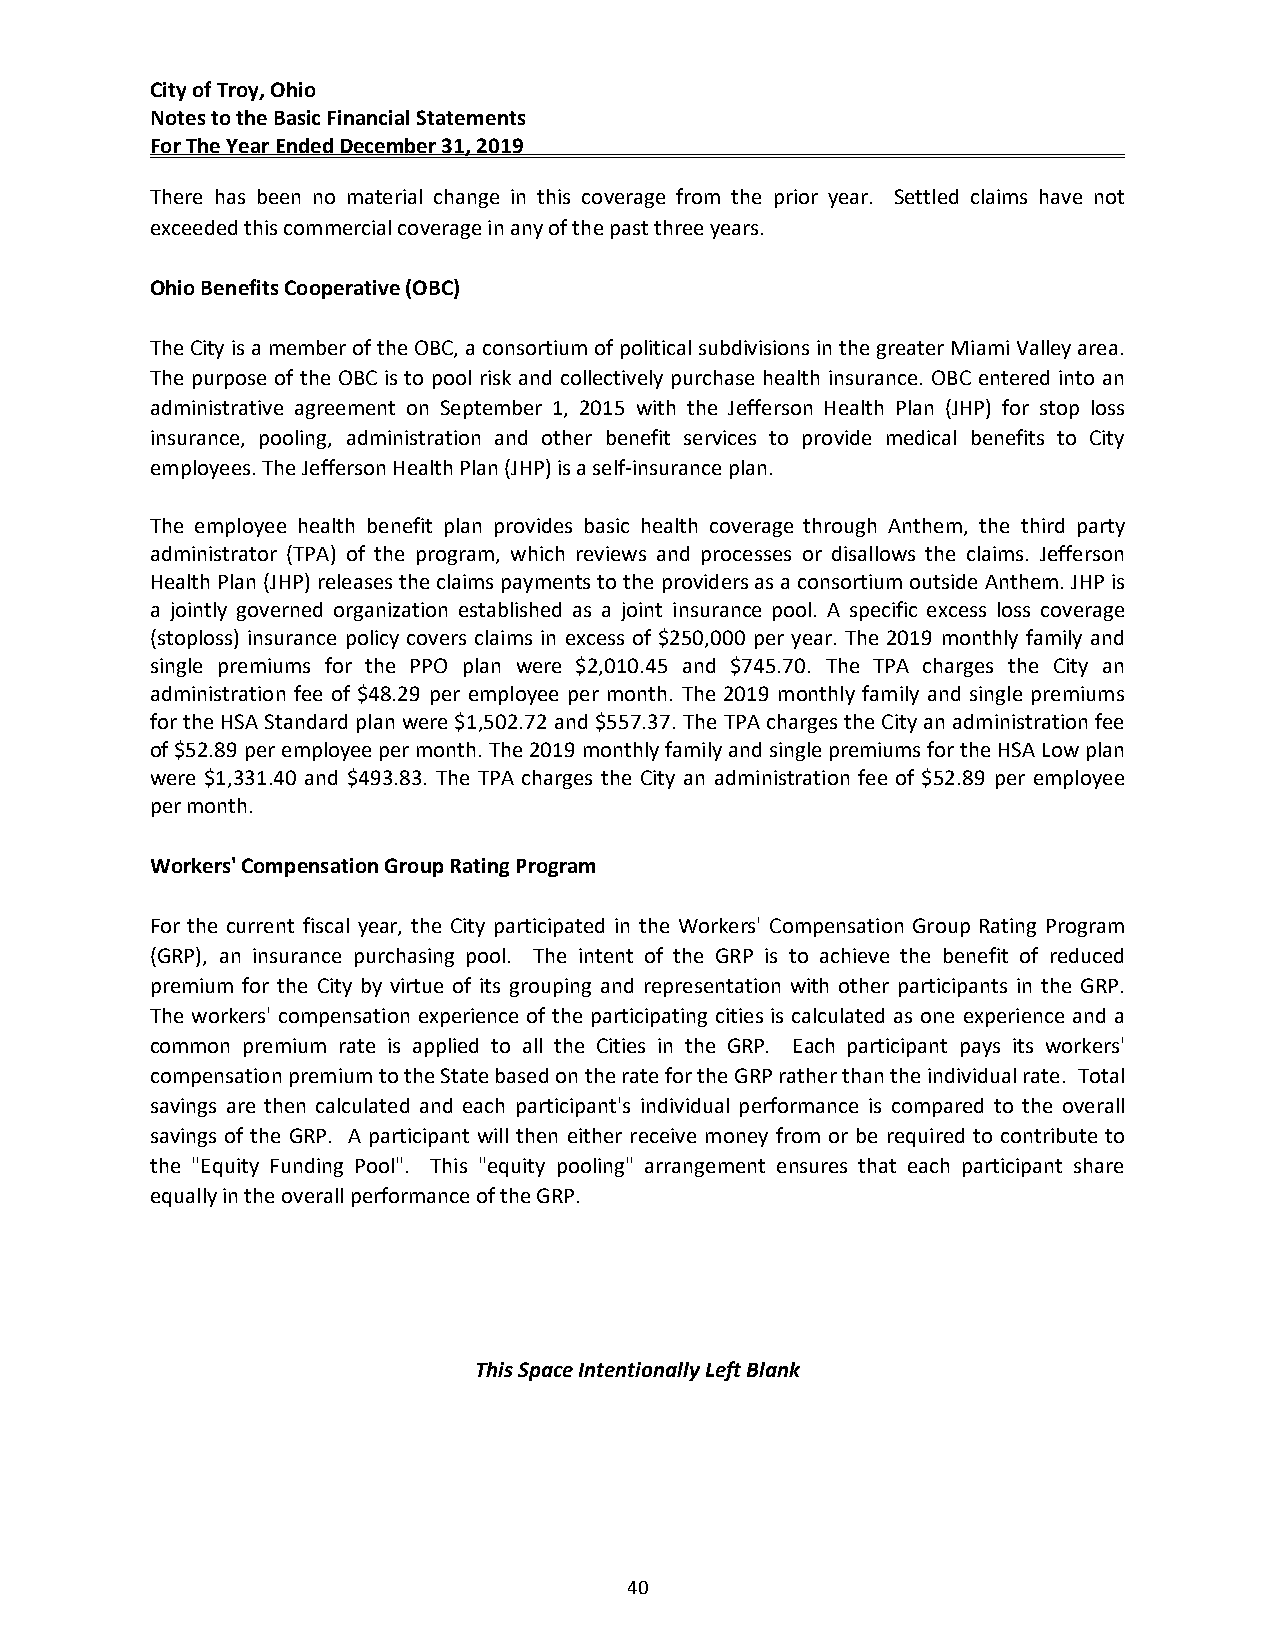
City of Troy, Ohio
 Notes to the Basic Financial Statements
 For The Year Ended December 31, 2019
 There has been no material change in this coverage from the prior year. Settled claims have not
 exceeded this commercial coverage in any of the past three years.
 Ohio Benefits Cooperative (OBC)
 The City is a member of the OBC, a consortium of political subdivisions in the greater Miami Valley area.
 The purpose of the OBC is to pool risk and collectively purchase health insurance. OBC entered into an
 administrative agreement on September 1, 2015 with the Jefferson Health Plan (JHP) for stop loss
 insurance, pooling, administration and other benefit services to provide medical benefits to City
 employees. The Jefferson Health Plan (JHP) is a self‐insurance plan.
 The employee health benefit plan provides basic health coverage through Anthem, the third party
 administrator (TPA) of the program, which reviews and processes or disallows the claims. Jefferson
 Health Plan (JHP) releases the claims payments to the providers as a consortium outside Anthem. JHP is
 a jointly governed organization established as a joint insurance pool. A specific excess loss coverage
 (stoploss) insurance policy covers claims in excess of $250,000 per year. The 2019 monthly family and
 single premiums for the PPO plan were $2,010.45 and $745.70. The TPA charges the City an
 administration fee of $48.29 per employee per month. The 2019 monthly family and single premiums
 for the HSA Standard plan were $1,502.72 and $557.37. The TPA charges the City an administration fee
 of $52.89 per employee per month. The 2019 monthly family and single premiums for the HSA Low plan
 were $1,331.40 and $493.83. The TPA charges the City an administration fee of $52.89 per employee
 per month.
 Workers' Compensation Group Rating Program
 For the current fiscal year, the City participated in the Workers' Compensation Group Rating Program
 (GRP), an insurance purchasing pool. The intent of the GRP is to achieve the benefit of reduced
 premium for the City by virtue of its grouping and representation with other participants in the GRP.
 The workers' compensation experience of the participating cities is calculated as one experience and a
 common premium rate is applied to all the Cities in the GRP. Each participant pays its workers'
 compensation premium to the State based on the rate for the GRP rather than the individual rate. Total
 savings are then calculated and each participant's individual performance is compared to the overall
 savings of the GRP. A participant will then either receive money from or be required to contribute to
 the "Equity Funding Pool". This "equity pooling" arrangement ensures that each participant share
 equally in the overall performance of the GRP.
 This Space Intentionally Left Blank
 40